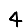
Digit: 4